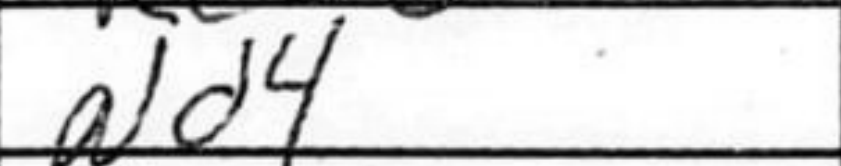
Transcription: Nd4